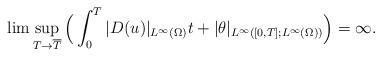
LaTeX: \begin{align*}\lim \sup_{ T \rightarrow \overline{T}} \Big (\int_0^T |D( u)|_{L^\infty(\Omega)}t+|\theta|_{L^\infty([0,T];L^\infty(\Omega))}\Big)=\infty.\end{align*}